画像に写った文字を読んでください
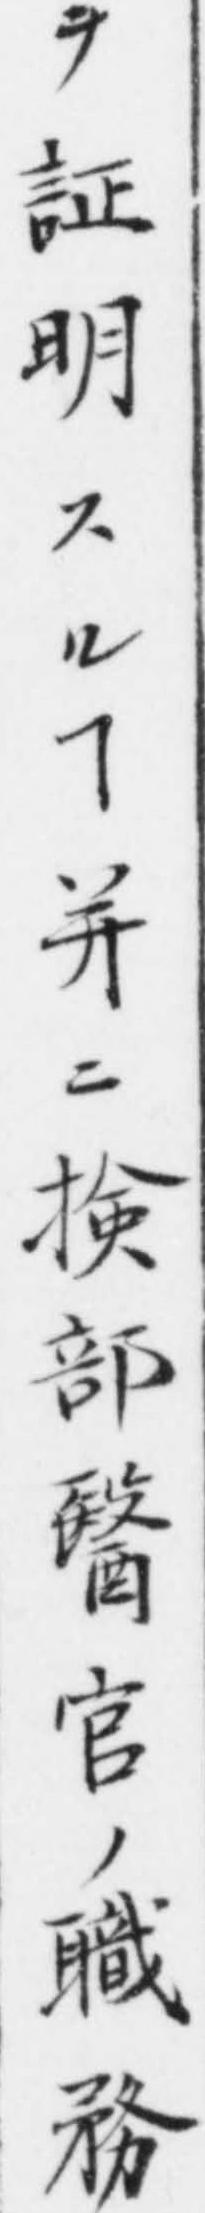
「ヲ証明スルヿ并ニ𢮦部醫官ノ職務」と書いてあります